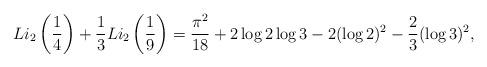
LaTeX: \begin{align*}Li_2\left(\frac{1}{4}\right)+ \frac{1}{3} Li_2\left(\frac{1}{9}\right) = \frac{\pi^2}{18} + 2 \log2 \log3 - 2 (\log2)^2 - \frac{2}{3}(\log3)^2, \end{align*}